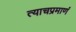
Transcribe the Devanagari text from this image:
त्याचप्रमाणं